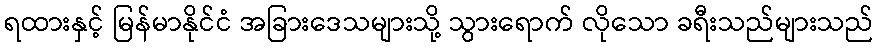
ရထားနှင့် မြန်မာနိုင်ငံ အခြားဒေသများသို့ သွားရောက် လိုသော ခရီးသည်များသည်